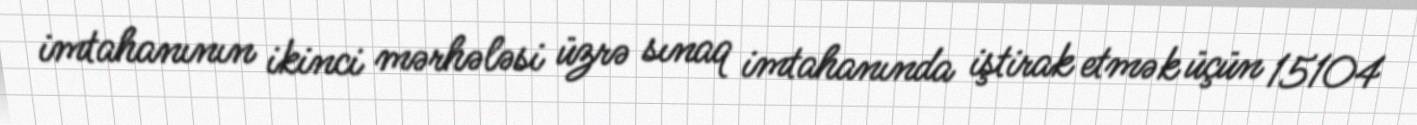
imtahanının ikinci mərhələsi üzrə sınaq imtahanında iştirak etmək üçün 15104